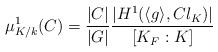
LaTeX: \begin{align*} \mu_{K/k}^1(C)=\frac{|C|}{|G|}\frac{|H^1(\langle g\rangle, Cl_K)|}{[K_F:K]}\end{align*}